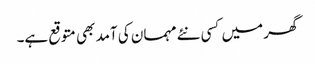
گھر میں کسی نئے مہمان کی آمد بھی متوقع ہے۔